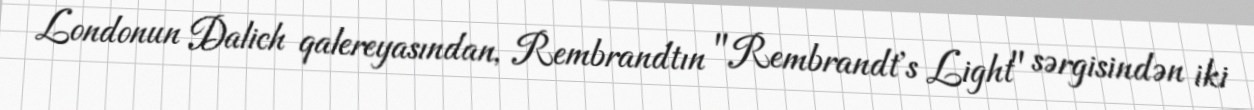
Londonun Dalich qalereyasından, Rembrandtın "Rembrandt's Light" sərgisindən iki